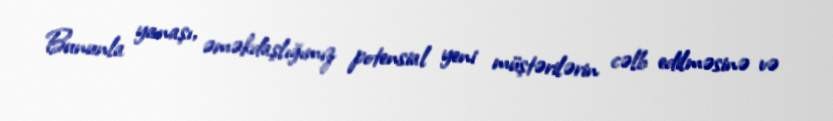
Bununla yanaşı, əməkdaşlığımız potensial yeni müştərilərin cəlb edilməsinə və